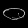
Digit: ၀